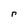
Character: r